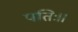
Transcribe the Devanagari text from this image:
पतिः।।